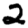
Digit: 2